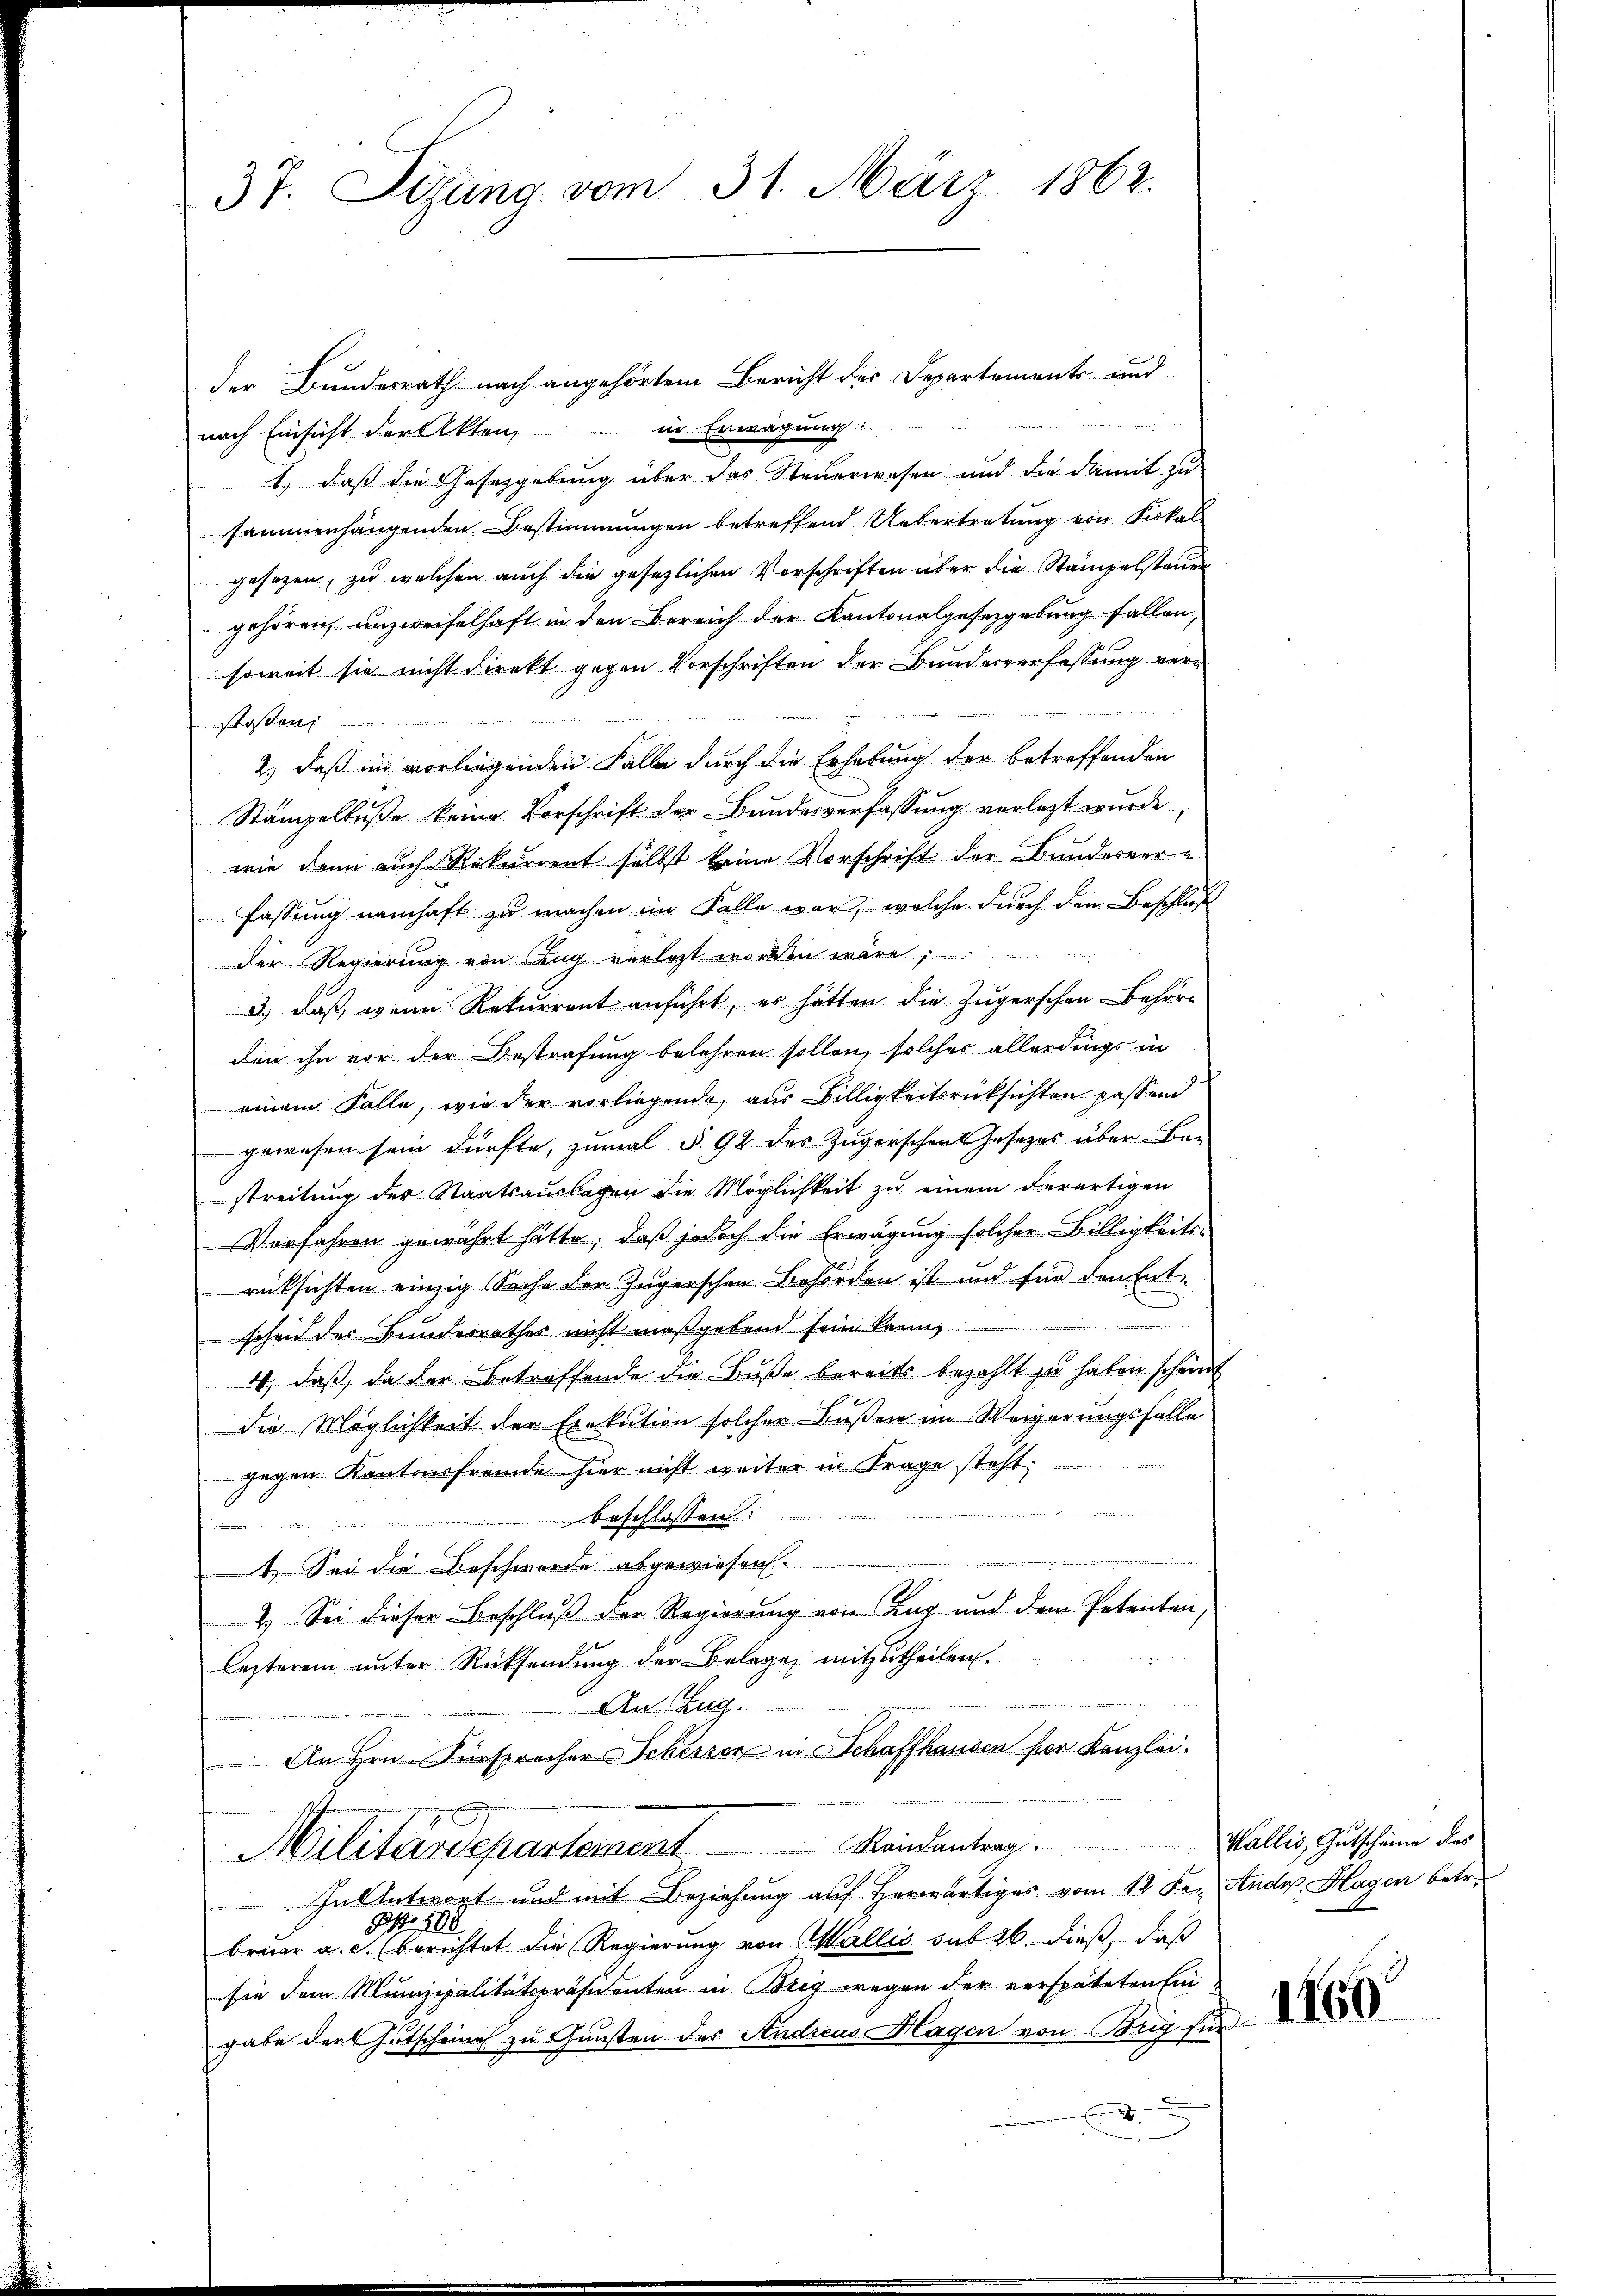
37. Sizung vom 31. März 1862.

nach Einsicht der Akten, in Erwägung
1., daß die Gesetzgebung über das Steuerwesen und die damit zu
sammenhängenden Bestimmungen betreffend Uebertretung von Kerk
gesezen, zu welchen auch die gesetzlichen Vorschriften über die Stämpelsteuer
gehören unzweifelhaft in den Bereich der Kantonalgesetzgebung fallen,
soweit sie nicht direkt gegen Vorschriften der Bundesverfassung verstossen
2.) Daß im vorliegenden Falle durch die Erhebung der betreffenden
Stampelbuße keine Vorschrift der Bundesverfassung verletzt wurde,
wie dann auch Rekurrent selbst keine Vorschrift der Bundesver-
fassung namhaft zu machen im Falle war, welche durch den Beschluß
der Regierung von Zug verletzt worden wäre,
3.) Daß, wenn Rekurrent anführt, es hätten die Zugerschen Behörden ihn vor der Bestrafung belehren sollen, solcher allerdings in
einem Falle, wie der vorliegende, aus Billigkeitsrücksichten passend
gewesen sein dürfte, zumal § 92 des Zugerschen Josezes über Be-
streitung der Staatsauslagen die Möglichkeit zu einem derartigen
Verfahren gewährt hätte, daß jedoch die Erwägung solcher Billigkeits-
rüksichten einzig Sache den Zugerschon Behörden ist und für den Ente
scheid des Bundesrathes nicht maßgebend sein kann,
4, daß, da der Betreffende die Buße bereits bezahlt zu haben scheint
die Möglichkeit der Exekution solcher Bußen im Weigerungsfalle
gegen Kantonsfremde hier nicht weiter in Frage steht.
e
2
Beschlossen:

1.) Sei die Beschwerde abgewiesen.
2.) Sei dieser Beschluß der Regierung von Zug und dem Petenten,
lezterem unter Rücksendung der Belege mitzutheilen.
An. Zug.
An Hrn. Fürsprecher Scherrer in Schaffhausen per Kanzlei.
Randantrag. Wallis, Gutscheine des
Militärdepartement
In Antwort und mit Beziehung auf herwärtiges vom 12. de. Andr. Hagen betr.
Ao 188
bruar a. c. berichtet die Regierung von Wallis sub 26. dieß, daß
sie dem Munizipalitätspräsidenten in Brig wegen der verspäteten Ein
gabe der Gutscheines zu Gunsten des Studiens Magen von Briefe

der Bundesrath nach angehörtem Bericht der Departements und